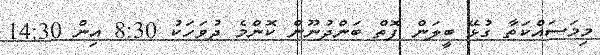
މިމަސައްކަތާ ގުޅޭ ބީލަން ފޮތް ބަންދުނޫން ކޮންމެ ދުވަހަކު 8:30 އިން 14:30